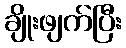
ချိုးဖျက်ပြီး